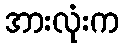
အားလုံးက